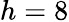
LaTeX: h=8